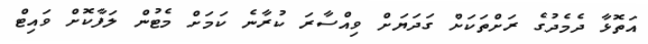
އަތޮޅާ ދެމެދުގެ ރަށްތަކަށް ގަަދަޔަށް ވިއްސާރަ ކުރާނެ ކަމަށް މެޓުން ލަފާކޮށް ވައިޓް